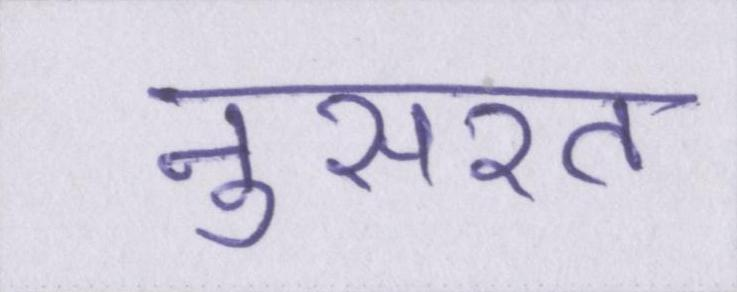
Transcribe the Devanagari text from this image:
नुसरत